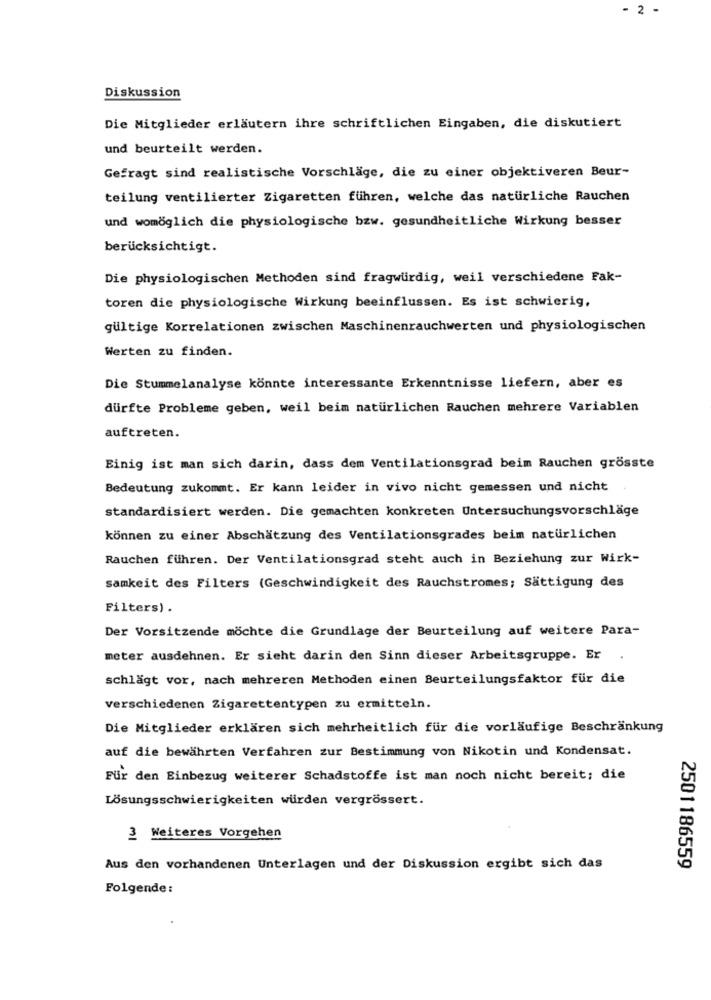
- 2 -
Diskussion
Die Mitglieder erläutern ihre schriftlichen Eingaben, die diskutiert
und beurteilt werden.
Gefragt sind realistische Vorschläge, die zu einer objektiveren Beur-
teilung ventilierter Zigaretten führen, welche das natürliche Rauchen
und womöglich die physiologische bzw. gesundheitliche Wirkung besser
berücksichtigt.
Die physiologischen Methoden sind fragwürdig, weil verschiedene Fak-
toren die physiologische Wirkung beeinflussen. Es ist schwierig,
gültige Korrelationen zwischen Maschinenrauchwerten und physiologischen
Werten zu finden.
Die Stummelanalyse könnte interessante Erkenntnisse liefern, aber es
dürfte Probleme geben, weil beim natürlichen Rauchen mehrere Variablen
auftreten.
Einig ist man sich darin, dass dem Ventilationsgrad beim Rauchen grösste
Bedeutung zukommt. Er kann leider in vivo nicht gemessen und nicht
standardisiert werden. Die gemachten konkreten Untersuchungsvorschläge
können zu einer Abschätzung des Ventilationsgrades beim natürlichen
Rauchen führen. Der Ventilationsgrad steht auch in Beziehung zur Wirk-
samkeit des Filters (Geschwindigkeit des Rauchstromes; Sättigung des
Filters) .
Der Vorsitzende möchte die Grundlage der Beurteilung auf weitere Para-
meter ausdehnen. Er sieht darin den Sinn dieser Arbeitsgruppe. Er
.
schlägt vor, nach mehreren Methoden einen Beurteilungsfaktor für die
verschiedenen Zigarettentypen zu ermitteln.
Die Mitglieder erklären sich mehrheitlich für die vorläufige Beschränkung
auf die bewährten Verfahren zur Bestimmung von Nikotin und Kondensat.
Für den Einbezug weiterer Schadstoffe ist man noch nicht bereit; die
Lösungsschwierigkeiten würden vergrössert.
3 Weiteres Vorgehen
Aus den vorhandenen Unterlagen und der Diskussion ergibt sich das
2501186559
Folgende: